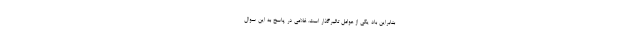
بنابراین باد یکی از عوامل تاثیرگذار است. غلامی در پاسخ به این سوال